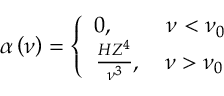
\alpha \left( \nu \right) = \left\{ { { \begin{array} { c } { { { 0 , \quad \quad ~ \nu < \nu _ { 0 } } \hfill } } \\ { { { \frac { H Z ^ { 4 } } { \nu ^ { 3 } } , \quad \nu > \nu _ { 0 } } \hfill } } \end{array} } } \right.